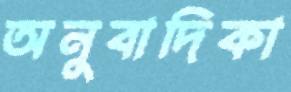
অনুবাদিকা